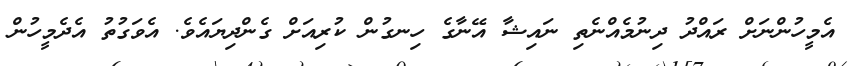
އެމީހުންނަށް ރައްދު ދިނުމެއްނެތި ނައިޝާ އޭނާގެ ހިނގުން ކުރިއަށް ގެންދިޔައެވެ. އެވަގުތު އެދެމީހުން